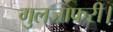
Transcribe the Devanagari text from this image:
गुलजाफरी।